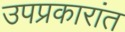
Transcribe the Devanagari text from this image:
उपप्रकारांत